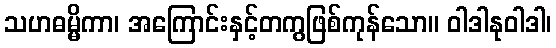
သဟဓမ္မိကာ၊ အကြောင်းနှင့်တကွဖြစ်ကုန်သော။ ဝါဒါနုဝါဒါ၊